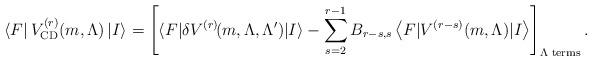
LaTeX: \begin{align*}\left<F \right| V^{(r)}_{\mathrm{CD}}(m,\Lambda) \left| I \right> = \left[ \langle F\vert\delta V^{(r)}\hspace{-.07cm}(m,\Lambda,\Lambda^{\prime})\vert I\rangle - \sum_{s=2}^{r-1} B_{r-s,s}\left<F \vert V^{(r-s)}(m,\Lambda) \vert I \right>\right]_{\Lambda \hspace{.1cm}\mathrm{terms}} .\end{align*}